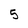
Character: 5